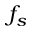
f _ { s }